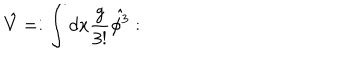
\hat { V } = : \int d x \frac { g } { 3 ! } \hat { \phi ^ { 3 } } :